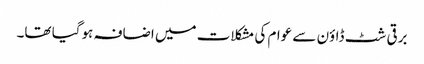
برقی شٹ ڈاؤن سے عوام کی مشکلات میں اضافہ ہوگیا تھا۔